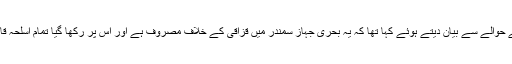
انہوں نے پارلیمنٹ میں ایسے بحری جہاز کے حوالے سے بیان دیتے ہوئے کہا تھا کہ یہ بحری جہاز سمندر میں قزاقی کے خلاف مصروف ہے اور اِس پر رکھا گیا تمام اسلحہ قانون اور جائز طریقے سے حاصل کیا گیا ہے۔